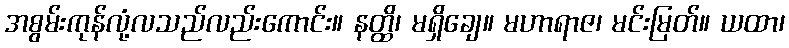
အစွမ်းကုန်လုံ့လသည်လည်းကောင်း။ နတ္ထိ၊ မရှိချေ။ မဟာရာဇ၊ မင်းမြတ်။ ယထာ၊